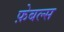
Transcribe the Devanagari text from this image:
फ़ेबल्स